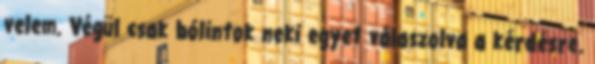
velem. Végül csak bólintok neki egyet válaszolva a kérdésre.